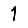
Digit: 1